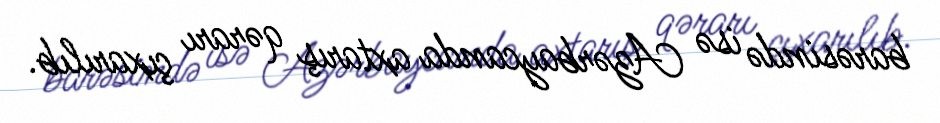
barəsində isə Azərbaycanda axtarış qərarı çıxarılıb.